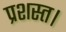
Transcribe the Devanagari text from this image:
प्रशस्त।